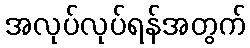
အလုပ်လုပ်ရန်အတွက်